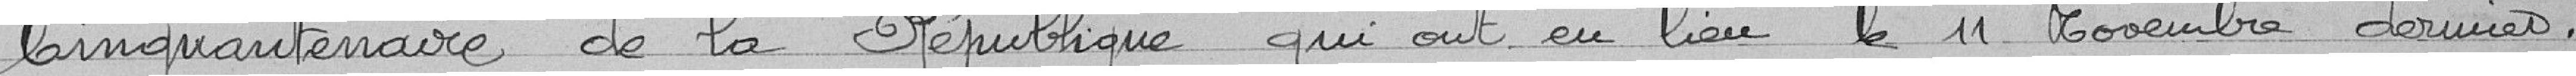
Cinquantenaire de la République qui ont eu lieu le 11 Novembre dernier.